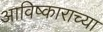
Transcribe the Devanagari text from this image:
आविष्काराच्या